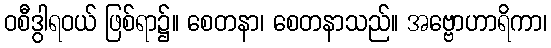
ဝစီဒွါရဝယ် ဖြစ်ရာ၌။ စေတနာ၊ စေတနာသည်။ အဗ္ဗောဟာရိကာ၊